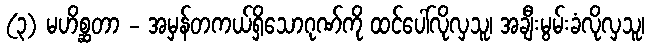
(၃) မဟိစ္ဆတာ - အမှန်တကယ်ရှိသောဂုဏ်ကို ထင်ပေါ်လိုလှသူ၊ အချီးမွမ်းခံလိုလှသူ၊